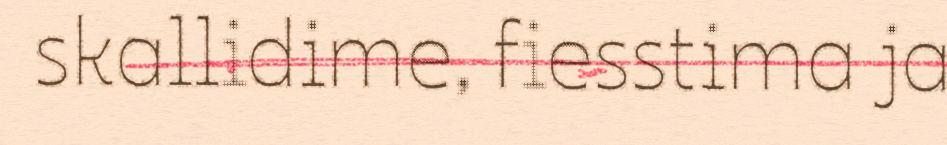
skallidime, fiesstima ja